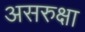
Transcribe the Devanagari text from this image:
असरुक्षा